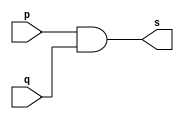
// ------------------------- 
// Exemplo0003 - AND 
// Nome: Gabriel Luiz M. G. Vieira 
// ------------------------- 
// ------------------------- 
// -- and gate 
// ------------------------- 
module andgate ( output s, 
input p, 
input q); 
assign s = p & q; 
endmodule // andgate 
// --------------------- 
// -- test and gate 
// --------------------- 
module testandgate; 
// ------------------------- dados locais 
reg a, b; // definir registradores 
wire s; // definir conexao (fio) 
// ------------------------- instancia 
andgate AND1 (s, a, b); 
// ------------------------- preparacao 
initial begin:start 
// atribuicao simultanea 
// dos valores iniciais 
a=0; b=0; 
end 
// ------------------------- parte principal 
initial begin 
$display("Exemplo0003 - Gabriel Luiz M. G. Vieira - 441691"); 
$display("Test AND gate"); 
$display("\na & b = s\n");
$monitor("%b & %b = %b", a, b, s); 
#1a=0; b=0;  
#1a=0; b=1; 
#1a=1; b=0; 
#1a=1; b=1; 

end 
endmodule // testandgate